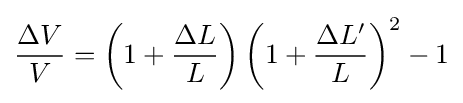
{\frac {\Delta V}{V}}=\left(1+{\frac {\Delta L}{L}}\right)\left(1+{\frac {\Delta L'}{L}}\right)^{2}-1